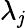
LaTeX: \lambda_{\mathit{j}}